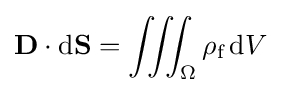
\mathbf {D} \cdot \mathrm {d} \mathbf {S} =\iiint _{\Omega }\rho _{\text{f}}\,\mathrm {d} V